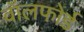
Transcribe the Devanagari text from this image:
वॉलफोर्ड